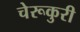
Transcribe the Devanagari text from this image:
चेरूकुरी